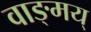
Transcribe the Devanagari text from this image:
वाङ्मय्